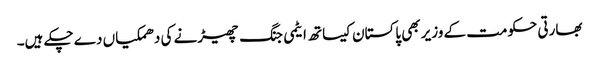
بھارتی حکومت کے وزیر بھی پاکستان کیساتھ ایٹمی جنگ چھیڑنے کی دھمکیاں دے چکے ہیں۔